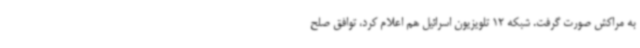
به مراکش صورت گرفت. شبکه 12 تلویزیون اسرائیل هم اعلام کرد، توافق صلح